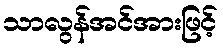
သာလွန်အင်အားဖြင့်